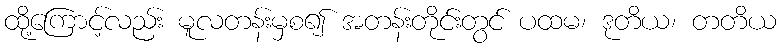
ထို့ကြောင့်လည်း မူလတန်းမှစ၍ အတန်းတိုင်းတွင် ပထမ၊ ဒုတိယ၊ တတိယ